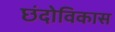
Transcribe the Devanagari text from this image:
छंदोविकास